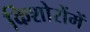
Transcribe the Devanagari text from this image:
किशोरोंमें